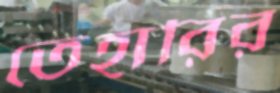
তেহারির